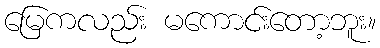
မြေကလည်း မကောင်းတော့ဘူး။